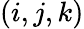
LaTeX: (i,j,k)